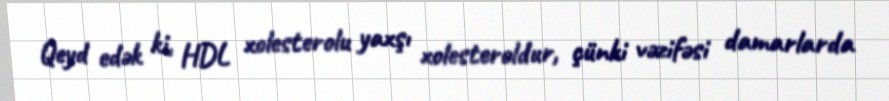
Qeyd edək ki, HDL xolesterolu yaxşı xolesteroldur, çünki vəzifəsi damarlarda